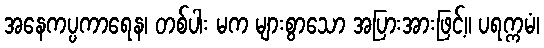
အနေကပ္ပကာရေန၊ တစ်ပါး မက များစွာသော အပြားအားဖြင့်။ ပရက္ကမံ၊